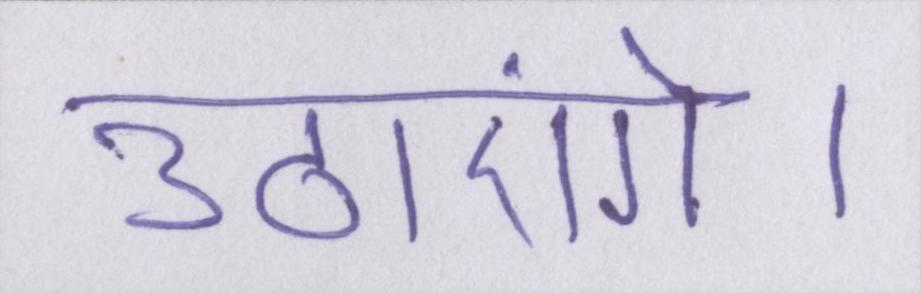
उठाएंगे।